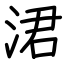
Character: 涒